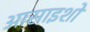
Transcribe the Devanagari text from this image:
आसाइशों